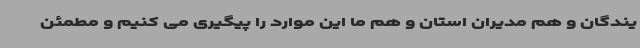
یندگان و هم مدیران استان و هم ما این موارد را پیگیری می کنیم و مطمئن